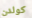
كولدن